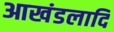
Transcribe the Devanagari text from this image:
आखंडलादि